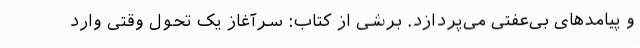
و پیامدهای بی‌عفتی می‌پردازد. برشی از کتاب: سرآغاز یک تحول وقتی وارد